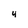
Character: 4